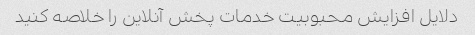
دلایل افزایش محبوبیت خدمات پخش آنلاین را خلاصه کنید